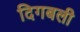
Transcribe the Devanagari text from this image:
दिगबली